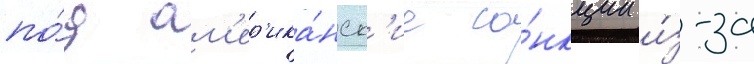
по́д ам'ер'ика́нск'ие са́нкции и́з-за